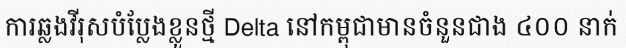
ការឆ្លងវីរុសបំប្លែងខ្លួនថ្មី Delta នៅកម្ពុជាមានចំនួនជាង ៤០០ នាក់